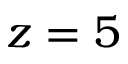
z = 5